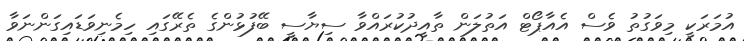
އުމަރަކީ މިވަގުތު ވެސް އެއާޕޯޓް އަތުލަން ތާއީދުކުރައްވާ ސިޔާސީ ބޭފުޅުންގެ ތެރޭގައި ހިމެނިވަޑައިގަންނަވާ